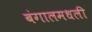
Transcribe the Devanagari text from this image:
बंगालमधली